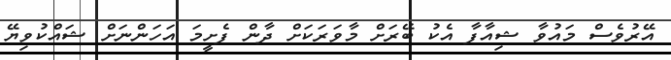
އޭރުވެސް މައުވާ ޝިއާފާ އެކު ބޭރަށް މާވަރަކަށް ދާން ފެށީމަ އަހަންނަށް ޝައްކުވިޔޭ